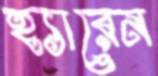
হ্যারেন